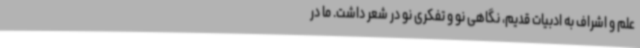
علم و اشراف به ادبیات قدیم، نگاهی نو و تفکری نو در شعر داشت. ما در